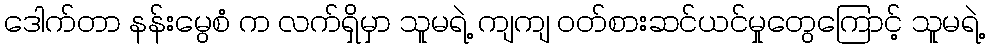
ဒေါက်တာ နန်းမွေစံ က လက်ရှိမှာ သူမရဲ့ ကျကျ ဝတ်စားဆင်ယင်မှုတွေကြောင့် သူမရဲ့